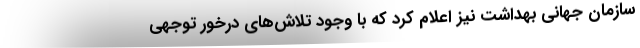
سازمان جهانی بهداشت نیز اعلام کرد که با وجود تلاش‌های درخور توجهی